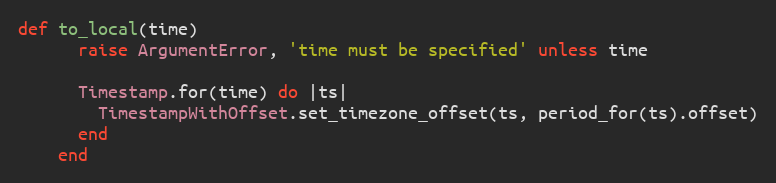
Language: Ruby
def to_local(time)
      raise ArgumentError, 'time must be specified' unless time

      Timestamp.for(time) do |ts|
        TimestampWithOffset.set_timezone_offset(ts, period_for(ts).offset)
      end
    end